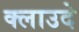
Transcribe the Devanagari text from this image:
क्लाउदे